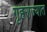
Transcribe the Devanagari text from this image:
गृहराज्यात